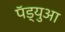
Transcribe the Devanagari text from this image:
पॅड्युआ